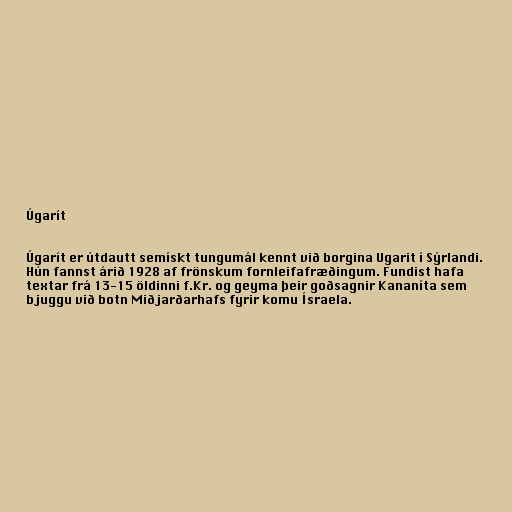
Úgarít

Úgarít er útdautt semískt tungumál kennt við borgina Ugarit í Sýrlandi.
Hún fannst árið 1928 af frönskum fornleifafræðingum. Fundist hafa
textar frá 13-15 öldinni f.Kr. og geyma þeir goðsagnir Kananíta sem
bjuggu við botn Miðjarðarhafs fyrir komu Ísraela.